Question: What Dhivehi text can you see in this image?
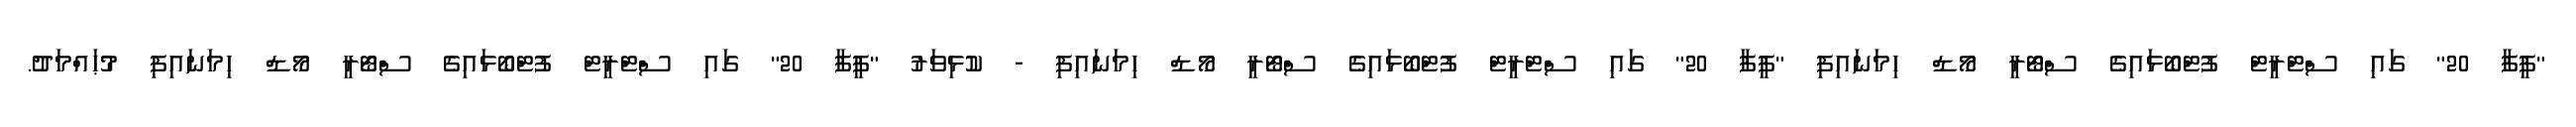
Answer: "ފީފާ 20" ގައި ސްޓްރީޓް ފުޓްބޯޅައިގެ ސްޓޯރީ މޯޑް ހިމަނައިފި "ފީފާ 20" ގައި ސްޓްރީޓް ފުޓްބޯޅައިގެ ސްޓޯރީ މޯޑް ހިމަނައިފި - ކުޅިވަރު "ފީފާ 20" ގައި ސްޓްރީޓް ފުޓްބޯޅައިގެ ސްޓޯރީ މޯޑް ހިމަނައިފި މުޙައްމަދު.